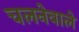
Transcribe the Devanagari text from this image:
चलनेवालें